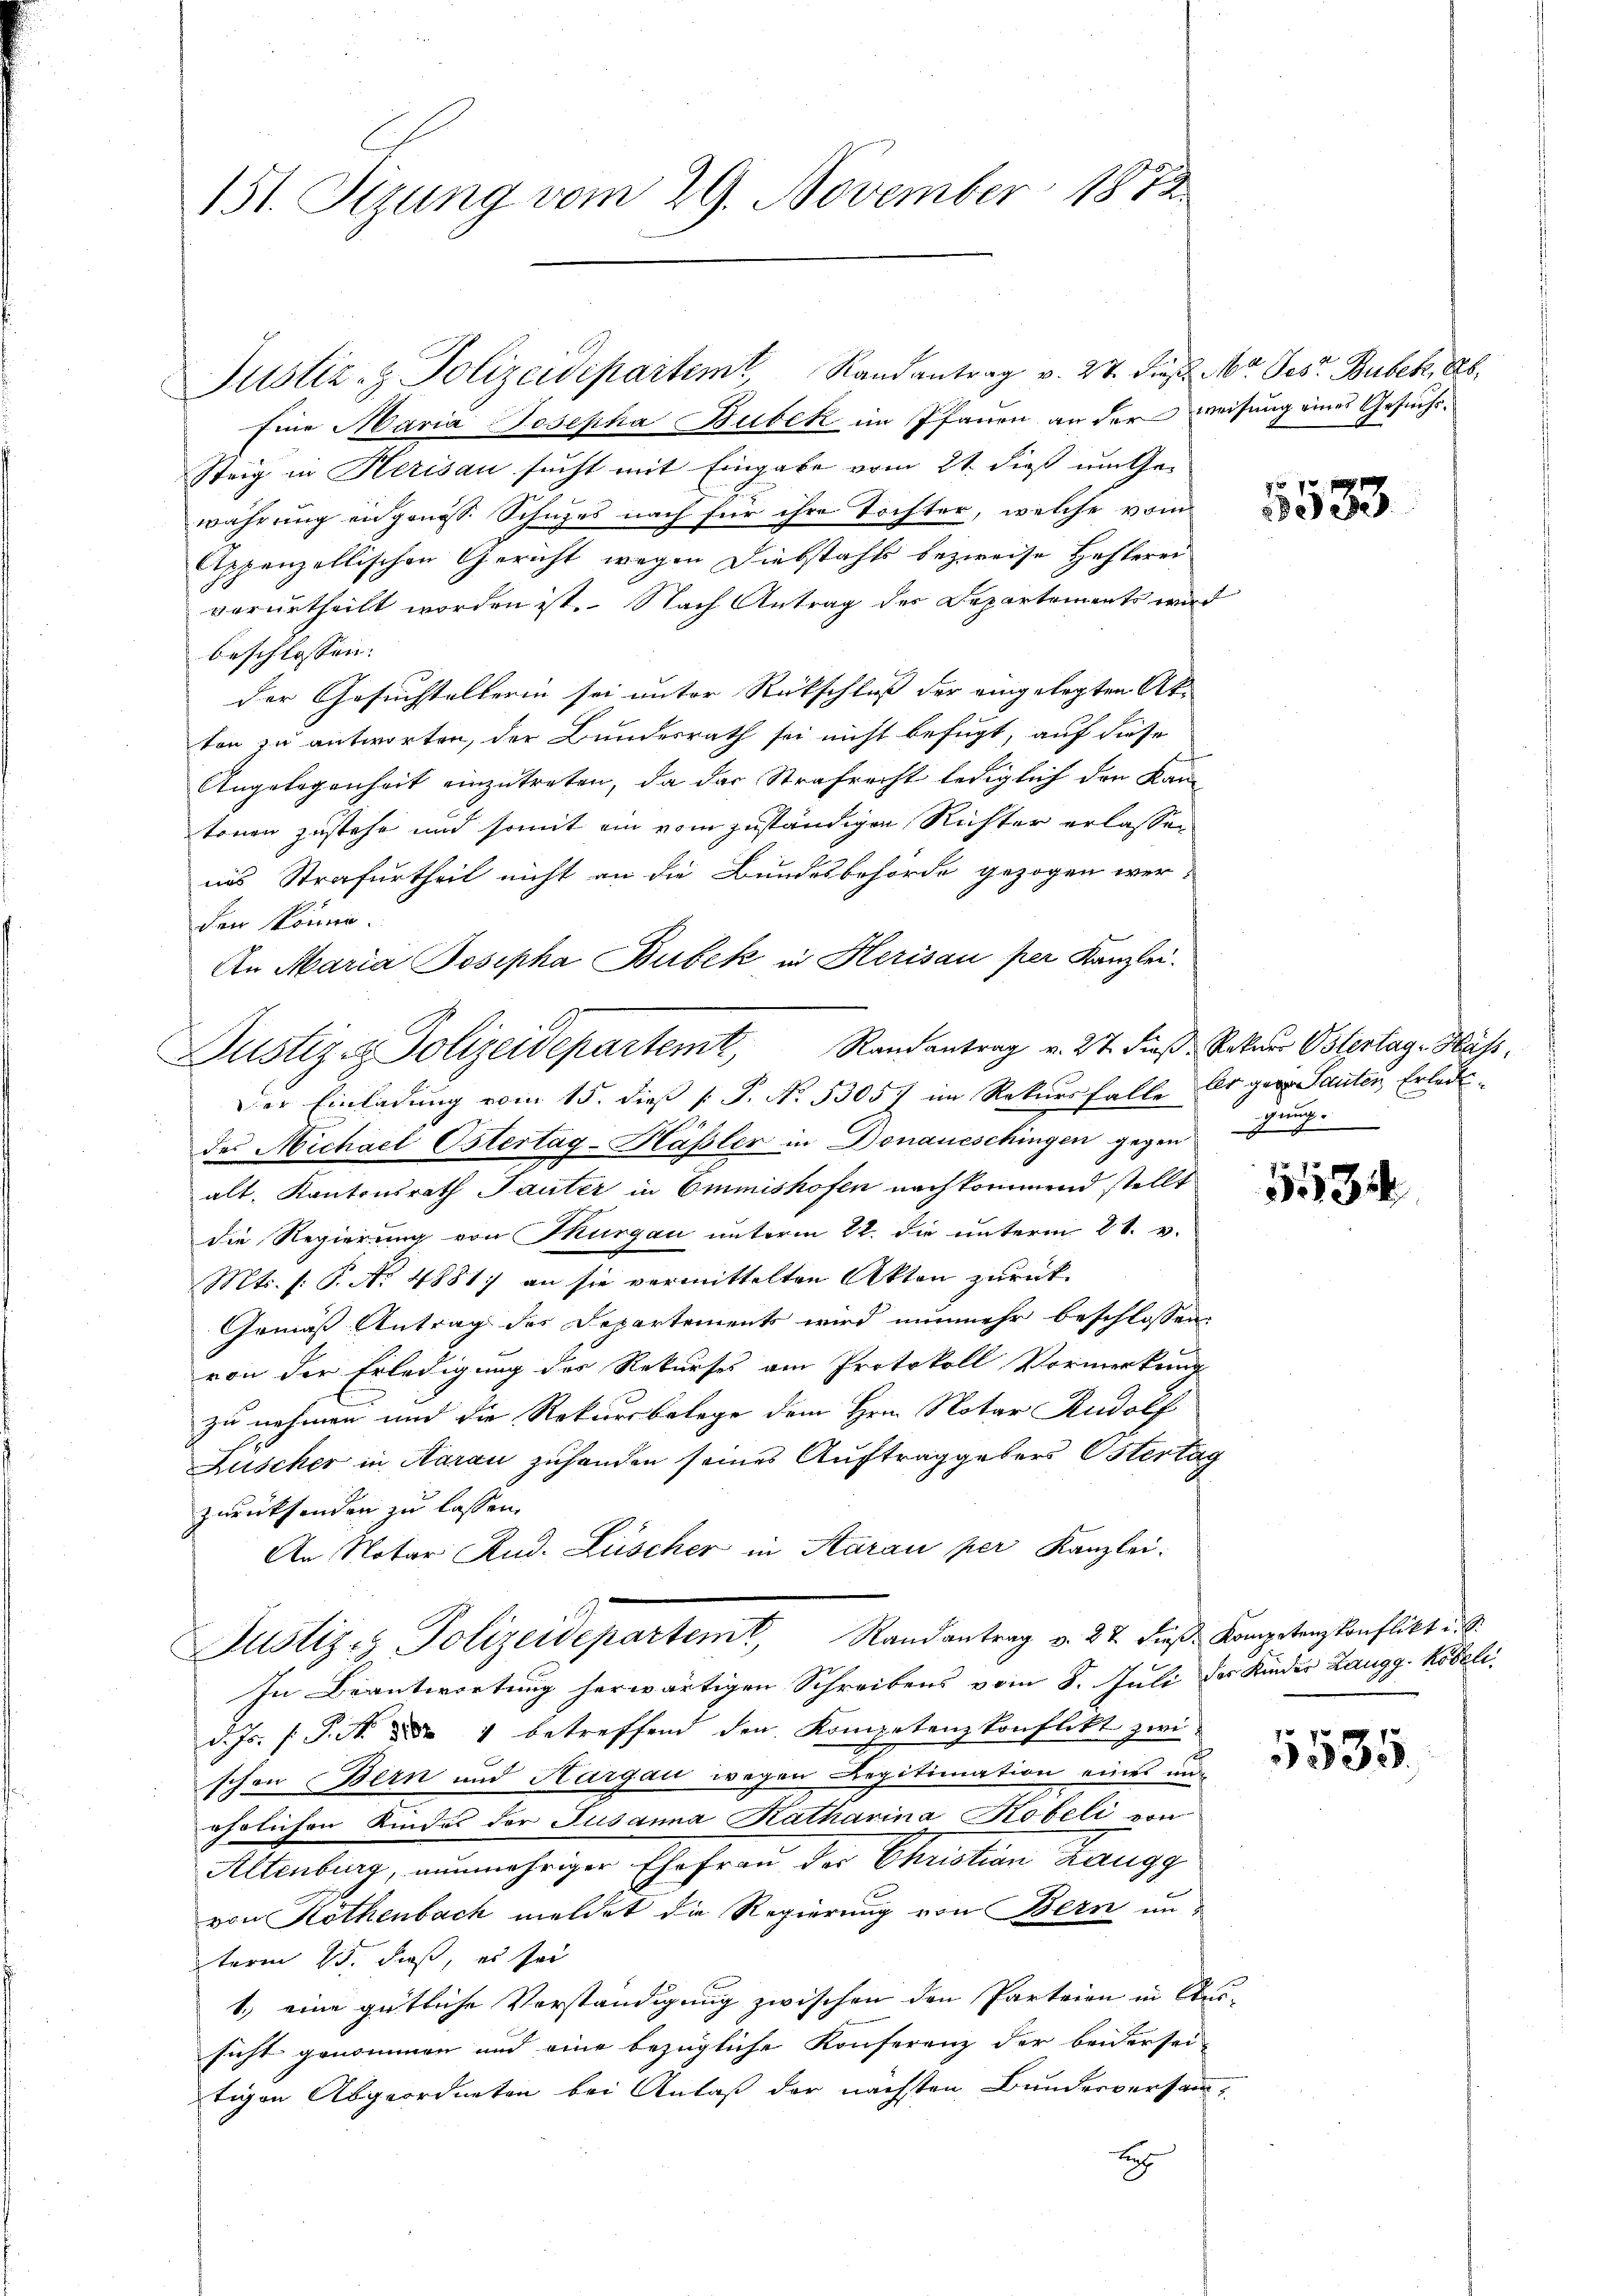
151. Sizung vom 29. November 1872

Justiz- & Polizeidepartem Randantrag v. 27. dieß. Mr. Ges. Bubek. ds.
Eine Maria Josepha Bubek im Pfauen an der Weisung eines Gesuchs¬
Steig in Herisau sucht mit Eingabe vom 21. dieß umgewährung eigenes Schuzes nach für ihre Tochter, welche vom
Appenzellischen Gericht wegen Diebstahls bezweife Hefterei
verurtheilt worden ist. Nach Antrag der Departements wird
beschlossen:
der Gesuchstalterin sei unter Rückschluß der eingelegten Akton zu antworten, der Bundesrath sei nicht befugt, auf diese
Angelegenheit einzutreten, da das Strafrecht lediglich den Kamtonen zustehe und somit ein vom zuständigen Richter erlassen
ins Strafurtheil nicht an die Bundesbehörde gezogen wer-
den könne.
An Maria Josepha Bubek in Herisau per Kanzlei.
des Michael Ostertag-Hässler in Donaueschingen gegen zu
alt. Kantonsrath Tanter in Emmishofen nach kommend stellt
die Regierung von Thurgau unterm 22. die unterm 21. v.
Mts. (: P. Nr. 4881) an sie vermittelten Akten zurück¬
Gemäß Antrag des Departements wird nunmehr beschlossen
von der Erledigung des Rekurses am Protokoll Vormerkung
zu nehmen und die Rekursbelege dem Hrn. Notar Rudolf
Zuscher in Aarau zuhanden seines Auftrag gebens Ostertag
zurücksenden zu lassen.
An Notar Rud. Lüscher in Aarau per Kanzlei.
Justiz- Polizeidepartemt, Randantrag v. 27. dieβ Kompetenzkonflikt u. S.
In Beantwortung herwärtigen Schreibens vom 8. Juli der Kinder Langg Köbeli,
d. Js. [ P. M. da 4 betreffend den Kompetenzkonflikt zwi
schon Bern und Aargau wegen Regitimation eines und
ehrlichen Kinder der Susanna Katharina Kobeli von
Altenburg, nunmehriger Ehefrau der Christian Zaugg
von Köthenbach meldet die Regierung von Bern unterm 25. daß, es sei
1.) eine gütliche Verständigung zwischen den Parteien in Aus
sicht genommen und eine bezügliche Konferenz der beidersei-
tigen Abgeordneten bei Anlaß der nächsten Bunderversamm-
t

Justiz- & Polizeidepartem Randantrag v. 27. dieß-Raten Ostertag. Hass,
Der Einladung vom 15. dieß P. No. 53057 im Rekursfalle Er gern Sauten Erledi¬

5533.

1531

5535.